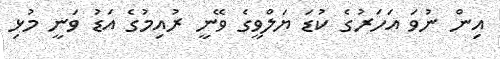
އިން ނުވަ އަހަރުގެ ކުޑަ ޔަލްވީގެ ވޭނީ ރުއިމުގެ އަޑު ވަނީ މުޅި